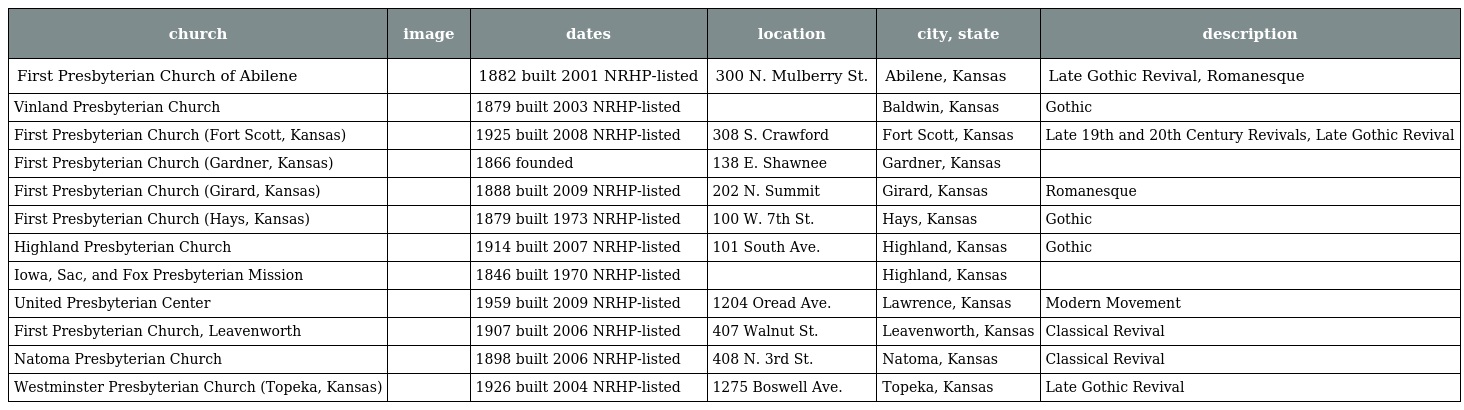
| church | image | dates | location | city, state | description |
 | --- | --- | --- | --- | --- | --- |
 | First Presbyterian Church of Abilene |  | 1882 built 2001 NRHP-listed | 300 N. Mulberry St. | Abilene, Kansas | Late Gothic Revival, Romanesque |
 | Vinland Presbyterian Church |  | 1879 built 2003 NRHP-listed |  | Baldwin, Kansas | Gothic |
 | First Presbyterian Church (Fort Scott, Kansas) |  | 1925 built 2008 NRHP-listed | 308 S. Crawford | Fort Scott, Kansas | Late 19th and 20th Century Revivals, Late Gothic Revival |
 | First Presbyterian Church (Gardner, Kansas) |  | 1866 founded | 138 E. Shawnee | Gardner, Kansas |  |
 | First Presbyterian Church (Girard, Kansas) |  | 1888 built 2009 NRHP-listed | 202 N. Summit | Girard, Kansas | Romanesque |
 | First Presbyterian Church (Hays, Kansas) |  | 1879 built 1973 NRHP-listed | 100 W. 7th St. | Hays, Kansas | Gothic |
 | Highland Presbyterian Church |  | 1914 built 2007 NRHP-listed | 101 South Ave. | Highland, Kansas | Gothic |
 | Iowa, Sac, and Fox Presbyterian Mission |  | 1846 built 1970 NRHP-listed |  | Highland, Kansas |  |
 | United Presbyterian Center |  | 1959 built 2009 NRHP-listed | 1204 Oread Ave. | Lawrence, Kansas | Modern Movement |
 | First Presbyterian Church, Leavenworth |  | 1907 built 2006 NRHP-listed | 407 Walnut St. | Leavenworth, Kansas | Classical Revival |
 | Natoma Presbyterian Church |  | 1898 built 2006 NRHP-listed | 408 N. 3rd St. | Natoma, Kansas | Classical Revival |
 | Westminster Presbyterian Church (Topeka, Kansas) |  | 1926 built 2004 NRHP-listed | 1275 Boswell Ave. | Topeka, Kansas | Late Gothic Revival |